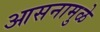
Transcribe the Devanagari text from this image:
आसनामुळे